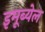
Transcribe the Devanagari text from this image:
इमूब्येल